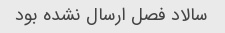
سالاد فصل ارسال نشده بود